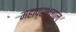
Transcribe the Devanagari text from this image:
महाप्रभुलाल